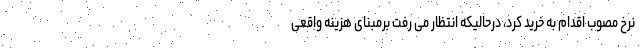
نرخ مصوب اقدام به خرید کرد، درحالیکه انتظار می رفت برمبنای هزینه واقعی